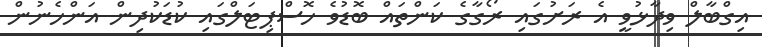
އިގްބާލް ވިދާޅުވީ އެ ރަށުގައި ރޯގާގެ ކަންތައް ބޮޑުވެ ހޮސްޕިޓަލްގައި ކުޑަކުދިން އަންހެނުން